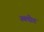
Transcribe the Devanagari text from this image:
स्थपीत